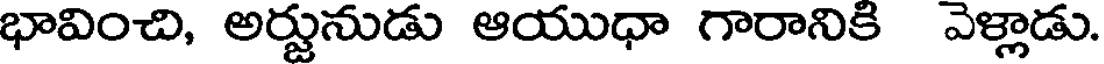
భావించి, అర్జునుడు ఆయుధా గారానికి వెళ్లాడు.